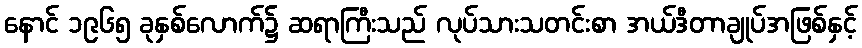
နောင် ၁၉၆၅ ခုနှစ်လောက်၌ ဆရာကြီးသည် လုပ်သားသတင်းစာ အယ်ဒီတာချုပ်အဖြစ်နှင့်